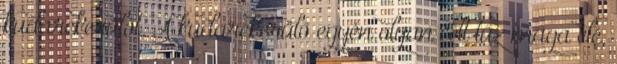
kudarckerülőt. A kudarckerülő egyén olyan célt tűz maga elé,